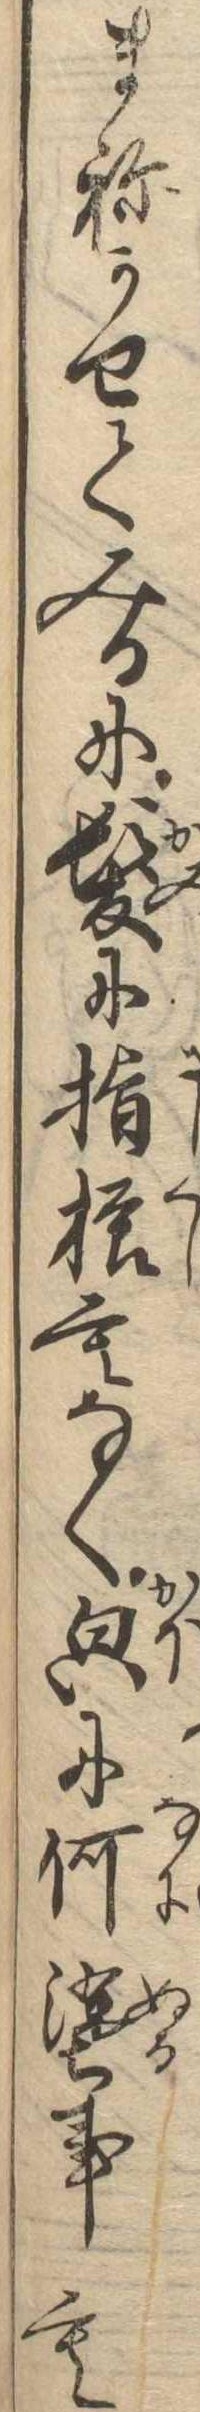
まねかせてみるに髪に指櫛もなくに何塗事も